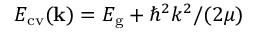
E _ { \mathrm { c v } } ( { \bf k } ) = E _ { \mathrm { g } } + { \hbar ^ { 2 } k ^ { 2 } } / { ( 2 \mu ) }